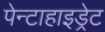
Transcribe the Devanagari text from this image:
पेन्टाहाइड्रेट